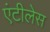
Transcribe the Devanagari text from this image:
एंटीलेस